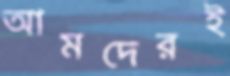
আমদেরই